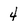
Character: 4